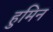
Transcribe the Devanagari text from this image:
हुमिन